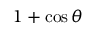
1 + \cos \theta